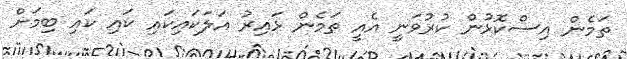
ތަމެން އިސްކޮޅުން ކުރުވަނީ އެއީ ތަމެން ޅައިރު އަލަކައިކައި ކައި ކައި ބިމަށް